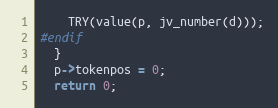
Language: C
    TRY(value(p, jv_number(d)));
#endif
  }
  p->tokenpos = 0;
  return 0;